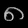
Digit: ၈